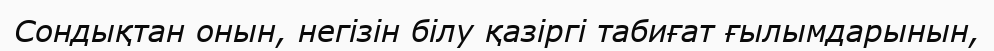
Сондықтан онын, негізін білу қазіргі табиғат ғылымдарынын,